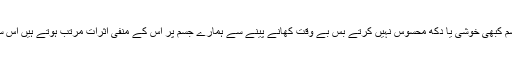
جذباتی کھانوں سے جسم کبھی خوشی یا دکھ محسوس نہیں کرتے بس بے وقت کھانے پینے سے ہمارے جسم پر اس کے منفی اثرات مرتب ہوتے ہیں اس سے گریز کرنا چاہیئے۔